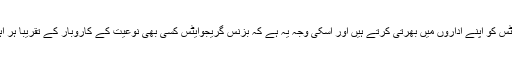
یہاں یہ بھی یاد رہے کہ یہ ان ادروں میں سے صرف چند ایک ہیں جو بزنس گریجوایٹس کو اپنے اداروں میں بھرتی کرتے ہیں اور اسکی وجہ یہ ہے کہ بزنس گریجوایٹس کسی بھی نوعیت کے کاروبار کے تقریباً ہر اہم پہلو کا علم رکھتے ہیں، خواہ وہ سیلز ہو، فنانس، مارکیٹنگ یا پھرایچ آریا اخلاقیات۔